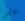
الأمر